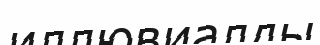
иллювиалды